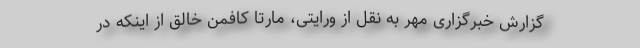
گزارش خبرگزاری مهر به نقل از ورایتی، مارتا کافمن خالق از اینکه در